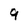
Character: 9